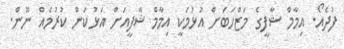
ފުދެއޯ. އިމާމް ޝާފީގެ މަޒްހަބަށް އުޅުމަކީ އިމާމް ޝާފީއަށް އަޅުކަން ކުރުމެއް ނޫން.